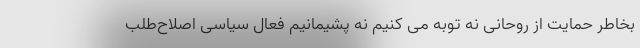
بخاطر حمایت از روحانی نه توبه می کنیم نه پشیمانیم فعال سیاسی اصلاح‌طلب